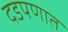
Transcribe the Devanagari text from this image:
दडपणात